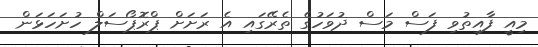
މިއީ ފާއިތުވި ފަސް މަސް ދުވަހުގެ ތެރޭގައި އެ ރަށަށް ޕްރޮޕޯސަލް ހުށަހަޅަން